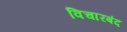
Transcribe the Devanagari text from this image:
विचारबंद